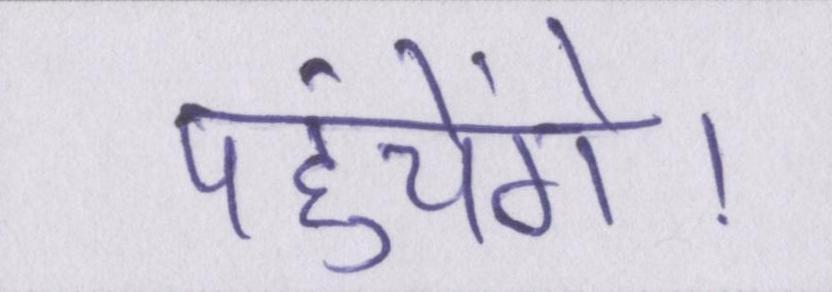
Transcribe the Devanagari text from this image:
पहुंचेंगे।